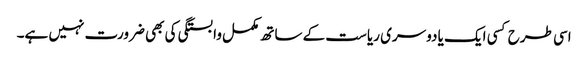
اسی طرح کسی ایک یا دوسری ریاست کے ساتھ مکمل وابستگی کی بھی ضرورت نہیں ہے۔